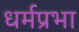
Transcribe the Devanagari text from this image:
धर्मप्रभा